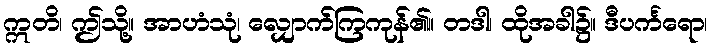
ဣတိ၊ ဤသို့။ အာဟံသုံ၊ လျှောက်ကြကုန်၏။ တဒါ၊ ထိုအခါ၌။ ဒီပင်္ကရော၊